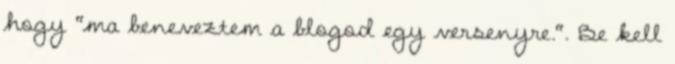
hogy "ma beneveztem a blogod egy versenyre.". Be kell